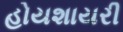
હોયશાયરી